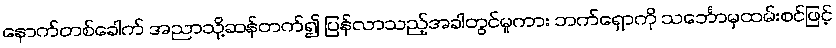
နောက်တစ်ခေါက် အညာသို့ဆန်တက်၍ ပြန်လာသည့်အခါတွင်မူကား ဘက်ရှောကို သင်္ဘောမှထမ်းစင်ဖြင့်